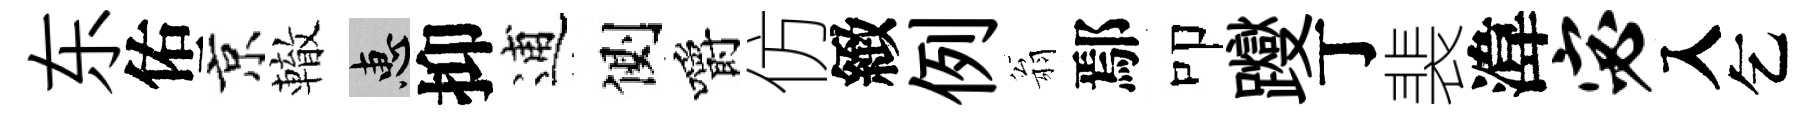
东佑京轍惠抑逋側嚼仿緻例翁鄢叩躞丁裴湋宓入乞